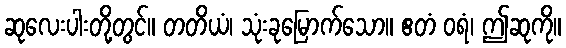
ဆုလေးပါးတို့တွင်။ တတိယံ၊ သုံးခုမြောက်သော။ ဧတံ ဝရံ၊ ဤဆုကို။